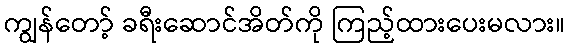
ကျွန်တော့် ခရီးဆောင်အိတ်ကို ကြည့်ထားပေးမလား။